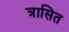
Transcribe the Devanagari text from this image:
त्रासित